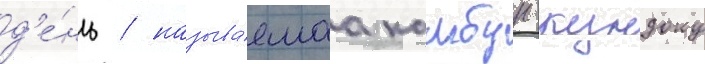
д'е́нь / называ́емаа камбун-кундоку